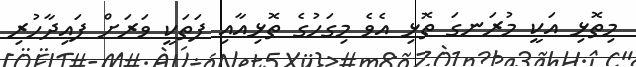
މިތޮޅި އަކީ މުރަނގަ ތޮޅި އެވެ މިގަހުގެ ތޮޅިއާއި ފަތަކީ ވަރަށް ފައިދާހުރި